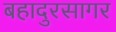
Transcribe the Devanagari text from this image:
बहादुरसागर